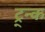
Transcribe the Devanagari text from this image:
ट्र्न्क